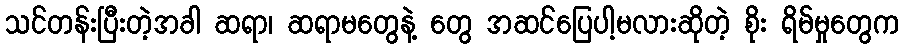
သင်တန်းပြီးတဲ့အခါ ဆရာ၊ ဆရာမတွေနဲ့ တွေ အဆင်ပြေပါ့မလားဆိုတဲ့ စိုး ရိမ်မှုတွေက